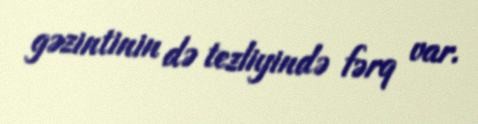
gəzintinin də tezliyində fərq var.